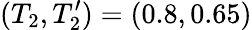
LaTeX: (T_{2},T_{2}^{\prime})=(0.8,0.65)